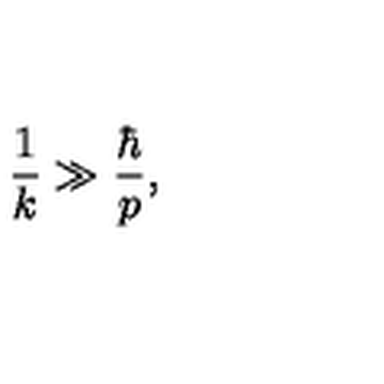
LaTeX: \frac { 1 } { k } \gg \frac { \hbar } { p } ,